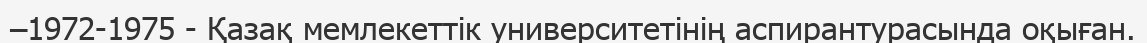
–1972-1975 - Қазақ мемлекеттік университетінің аспирантурасында оқыған.